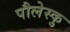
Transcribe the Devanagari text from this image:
पौलेस्कु